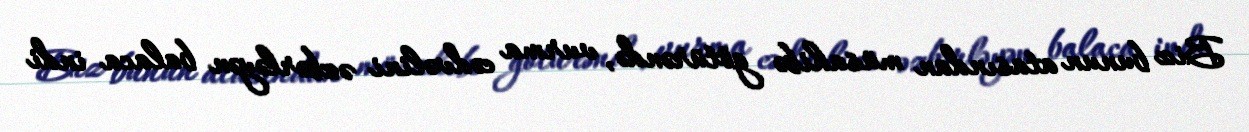
Biz bunun atasından müsahibə götürəndə, vurma cədvəlini əzbərləyən balaca indi